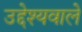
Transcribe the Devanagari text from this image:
उद्देश्यवाले